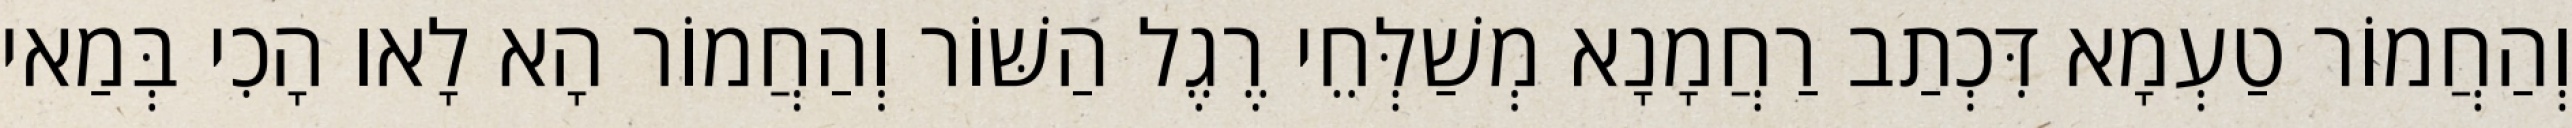
וְהַחֲמוֹר טַעְמָא דִּכְתַב רַחֲמָנָא מְשַׁלְּחֵי רֶגֶל הַשּׁוֹר וְהַחֲמוֹר הָא לָאו הָכִי בְּמַאי